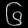
Digit: ၆